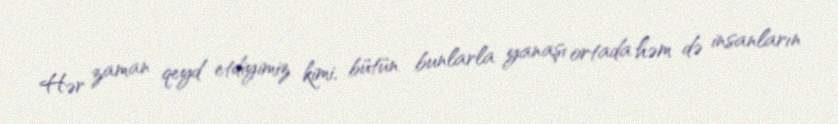
Hər zaman qeyd etdiyimiz kimi, bütün bunlarla yanaşı ortada həm də insanların